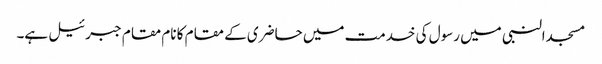
مسجدالنبی میں رسول کی خدمت میں حاضری کے مقام کا نام مقام جبرئیل ہے۔